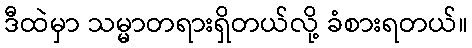
ဒီထဲမှာ သမ္မာတရားရှိတယ်လို့ ခံစားရတယ်။